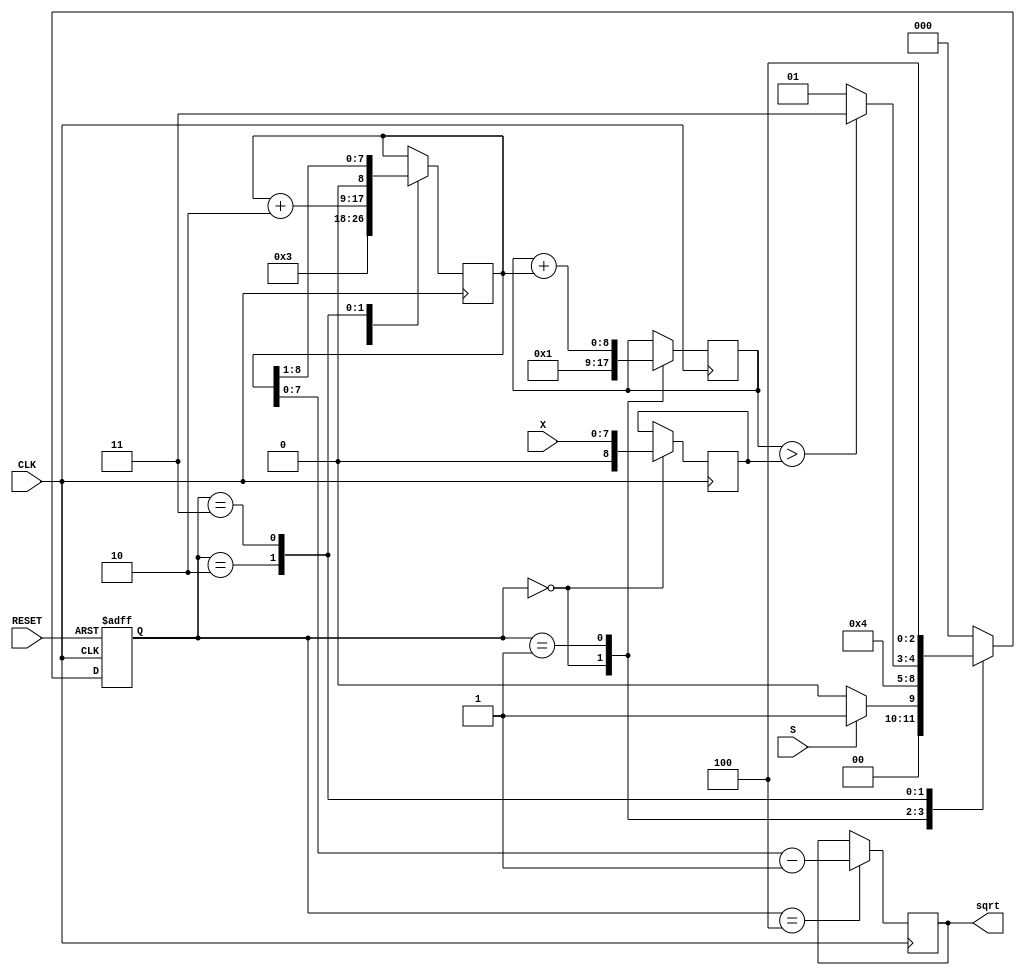
module Int_SQRT_Calculator (
 input CLK,
 input RESET,
 input S,
 input [7:0] X,
 output reg [7:0] sqrt
);
  
  
  reg [2:0]curent_state,next_state;
  parameter t0 = 3'b000,t1 = 3'b001,t2 = 3'b010,t3 = 3'b011,t4 = 3'b100;
  reg [8:0]a,d,q;
  always @(curent_state) // for chose next state
    begin
      case(curent_state)
        t0: next_state <= (S ? t1 : t0);
          
        t1: next_state <= t2;
        
        t2: next_state <= (q>a ? t3 : t1);
          
        t3: next_state <= t4;
        
        t4: next_state <= t0;
        default: next_state <= t0;
      endcase
    end
  
  always @(posedge CLK,negedge RESET) // run outout
    begin
      if(!RESET)
        curent_state <= t0;
      else
        curent_state <= next_state;
    end
  
  always @(posedge CLK) // ASM behavioral 
    begin
      case(curent_state)
        
          t0:
            begin
              a <= X;
              q<=1;
              d<=3;
        	end
        t1: q<= q + d;
        t2: d <= d + 2;
        t3: d <= d >> 1; 
        t4: sqrt <=d-1;
                
      endcase
    end
  
endmodule